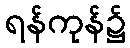
ရန်ကုန်၌